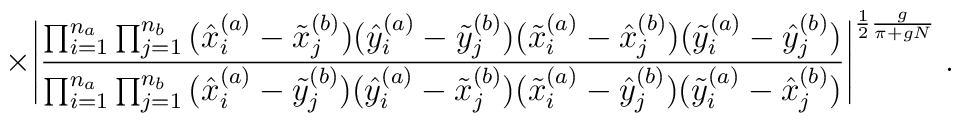
\times\Bigg|\frac{\prod_{i=1}^{n_a}\prod_{j=1}^{n_b}\big( \hat{x}^{(a)}_i - \tilde{x}^{(b)}_j \big)\big( \hat{y}^{(a)}_i - \tilde{y}^{(b)}_j \big)\big( \tilde{x}^{(a)}_i - \hat{x}^{(b)}_j \big)\big( \tilde{y}^{(a)}_i - \hat{y}^{(b)}_j \big)}{\prod_{i=1}^{n_a}\prod_{j=1}^{n_b}\big( \hat{x}^{(a)}_i - \tilde{y}^{(b)}_j \big)\big( \hat{y}^{(a)}_i - \tilde{x}^{(b)}_j \big)\big( \tilde{x}^{(a)}_i - \hat{y}^{(b)}_j \big)\big( \tilde{y}^{(a)}_i - \hat{x}^{(b)}_j \big)}\Bigg|^{\frac{1}{2} \frac{g}{\pi+gN}} \; .